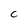
Character: c